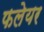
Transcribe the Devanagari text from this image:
फलेयर